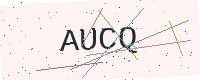
Text: AUCQ